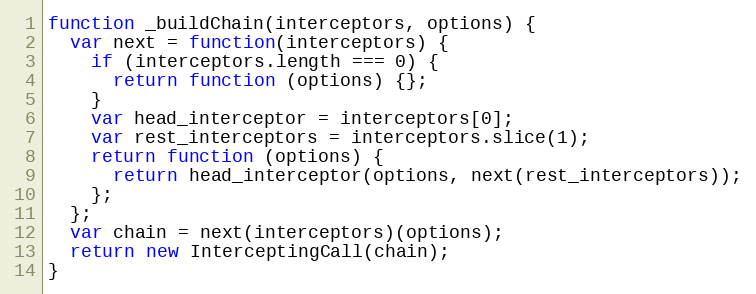
Language: JavaScript
function _buildChain(interceptors, options) {
  var next = function(interceptors) {
    if (interceptors.length === 0) {
      return function (options) {};
    }
    var head_interceptor = interceptors[0];
    var rest_interceptors = interceptors.slice(1);
    return function (options) {
      return head_interceptor(options, next(rest_interceptors));
    };
  };
  var chain = next(interceptors)(options);
  return new InterceptingCall(chain);
}